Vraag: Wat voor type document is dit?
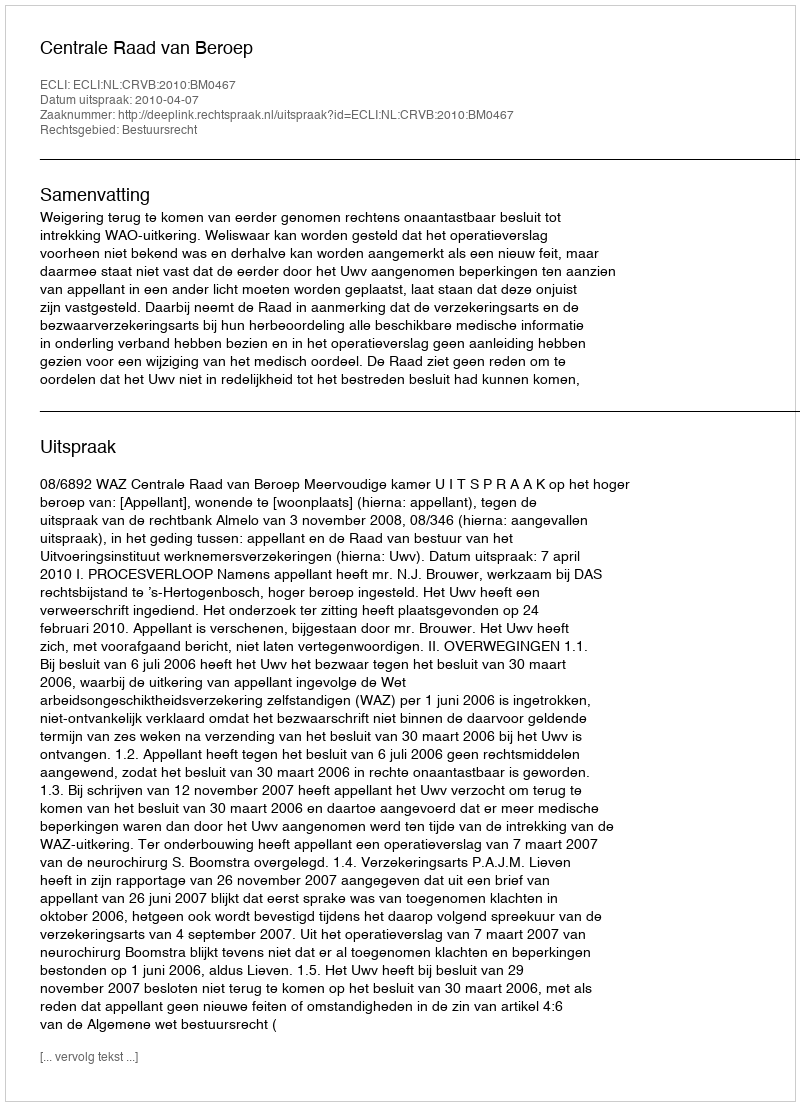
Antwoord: Uitspraak